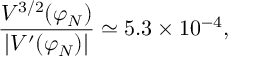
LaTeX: \frac { V ^ { 3 / 2 } ( \varphi _ { N } ) } { | V ^ { \prime } ( \varphi _ { N } ) | } \simeq 5 . 3 \times 1 0 ^ { - 4 } ,